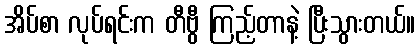
အိပ်စာ လုပ်ရင်းက တီဗွီ ကြည့်တာနဲ့ ပြီးသွားတယ်။